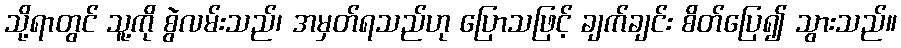
သို့ရာတွင် သူ့ကို စွဲလမ်းသည်၊ အမှတ်ရသည်ဟု ပြောသဖြင့် ချက်ချင်း စိတ်ပြေ၍ သွားသည်။